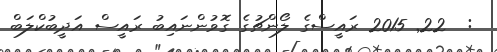
:  22